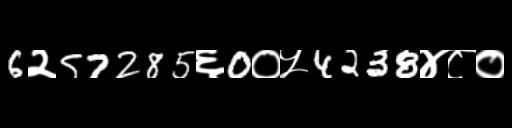
Text: 6२57285६0०५4238४८०